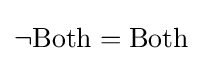
\lnot {\text{Both}}={\text{Both}}